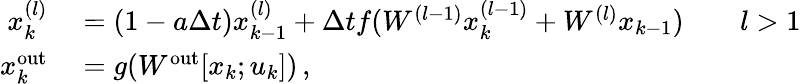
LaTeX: \begin{array}{rl}{x_{k}^{(l)}}&{{}=\left(1-a\Delta t\right)x_{k-1}^{(l)}+\Delta tf(W^{(l-1)}x_{k}^{(l-1)}+W^{(l)}x_{k-1})\qquad l>1}\\ {x_{k}^{\mathrm{out}}}&{{}=g(W^{\mathrm{out}}[x_{k};u_{k}])\, ,}\end{array}